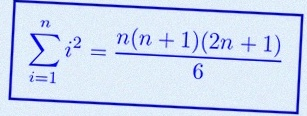
\sum_{i=1}^{n}i^2=\frac{n(n+1)(2n+1)}6